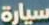
سيارة